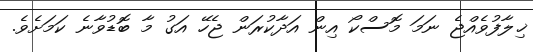
ޚިލާފުވެއްޖެ ނަމަ މޮސްކޯ އިން އަދާކުރަން ޖެހޭ އަގު މާ ބޮޑުވާނެ ކަމަށެވެ.